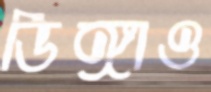
ডিঙ্গাও